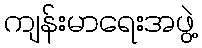
ကျန်းမာရေးအဖွဲ့